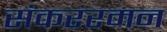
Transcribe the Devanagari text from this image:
संकररमन